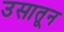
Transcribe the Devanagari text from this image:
उसातून